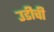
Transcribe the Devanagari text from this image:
उडीची